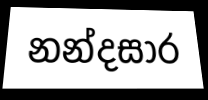
නන්දසාර